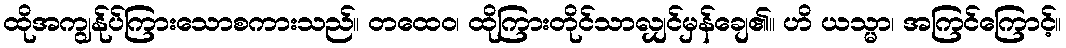
ထိုအကျွန်ုပ်ကြားသောစကားသည်။ တထေဝ၊ ထိုကြားတိုင်သာလျှင်မှန်ချေ၏။ ဟိ ယသ္မာ၊ အကြင်ကြောင့်။